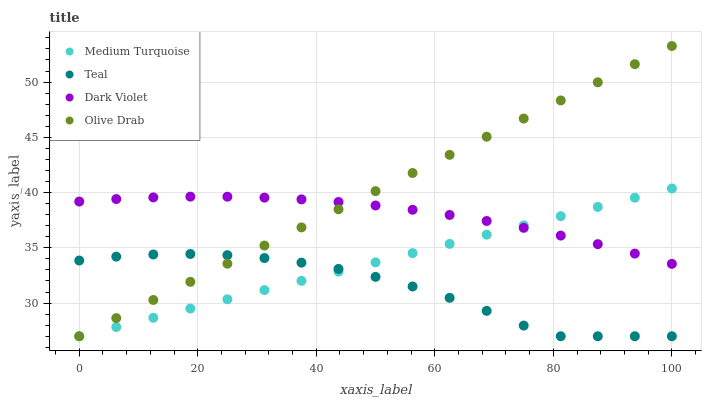
| xaxis_label | Medium Turquoise | Teal | Dark Violet | Olive Drab |
 | --- | --- | --- | --- | --- |
 | 0 | 27 | 33.9 | 39.2 | 27 |
 | 6.25 | 27.8 | 34.2 | 39.4 | 28.6 |
 | 12.5 | 28.7 | 34.4 | 39.6 | 30.3 |
 | 18.8 | 29.5 | 34.4 | 39.6 | 31.9 |
 | 25 | 30.3 | 34.3 | 39.6 | 33.6 |
 | 31.2 | 31.2 | 34.1 | 39.5 | 35.2 |
 | 37.5 | 32 | 33.7 | 39.4 | 36.8 |
 | 43.8 | 32.9 | 33.1 | 39.1 | 38.5 |
 | 50 | 33.7 | 32.4 | 38.8 | 40.1 |
 | 56.2 | 34.5 | 31.5 | 38.4 | 41.8 |
 | 62.5 | 35.4 | 30.5 | 38 | 43.4 |
 | 68.8 | 36.2 | 29.3 | 37.4 | 45.1 |
 | 75 | 37 | 28 | 36.8 | 46.7 |
 | 81.2 | 37.9 | 27 | 36.1 | 48.3 |
 | 87.5 | 38.7 | 27 | 35.3 | 50 |
 | 93.8 | 39.5 | 27 | 34.5 | 51.6 |
 | 100 | 40.4 | 27 | 33.6 | 53.3 |